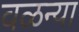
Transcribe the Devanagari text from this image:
वळन्या